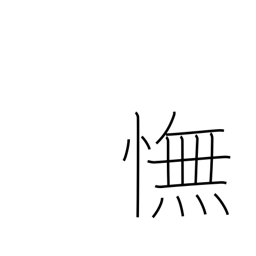
Meaning: disappointment